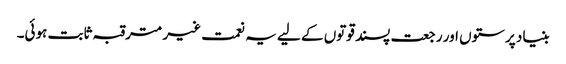
بنیاد پرستوں اور رجعت پسند قوتوں کے لیے یہ نعمت غیر مترقبہ ثابت ہوئی۔